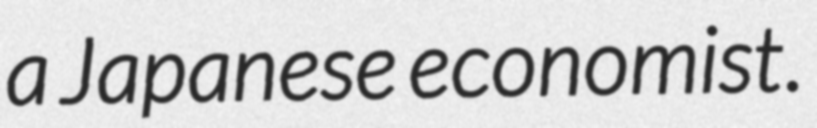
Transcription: a Japanese economist.